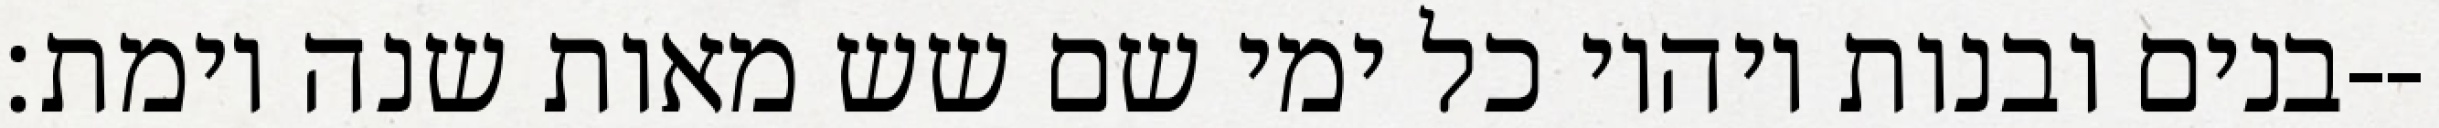
בנים ובנות ויהיו כל ימי שם שש מאות שנה וימת׃--